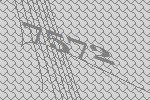
7572